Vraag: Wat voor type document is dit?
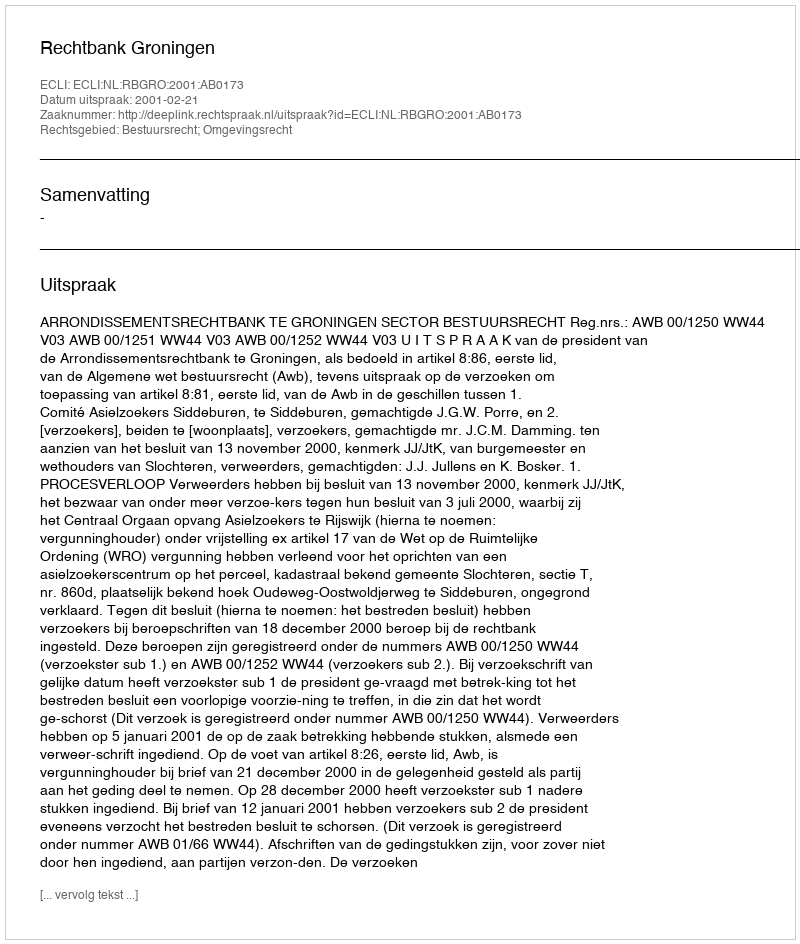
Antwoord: Uitspraak